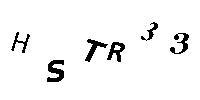
HSTR33